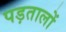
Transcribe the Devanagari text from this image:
पड़तालों